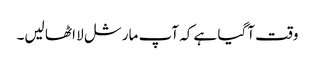
وقت آگیا ہے کہ آپ مارشل لا اٹھا لیں۔